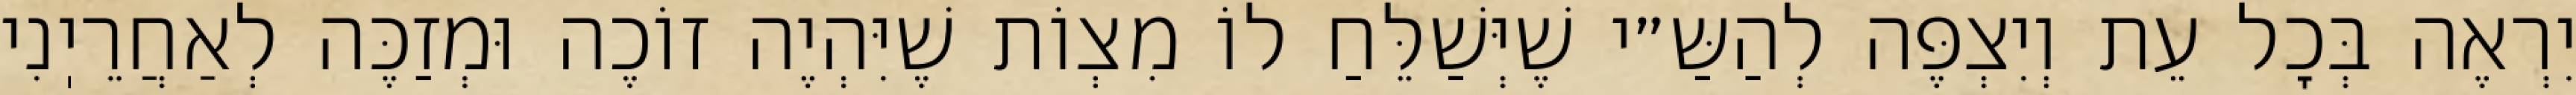
יִרְאֶה בְּכׇל עֵת וְיִצְפֶּה לְהַשַּ״י שֶׁיְּשַׁלֵּחַ לוֹ מִצְוֹת שֶׁיִּהְיֶה זוֹכֶה וּמְזַכֶּה לְאַחֲרֵיֽנִי